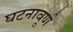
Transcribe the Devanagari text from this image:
घटनावूर्ण